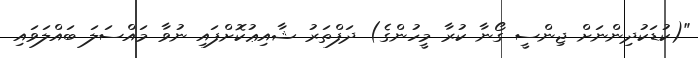
"(ކުޑަކުދިންނަށް ޖިންސީ ގޯނާ ކުރާ މީހުންގެ) ދަފްތަރު ޝާއިޢުކޮށްފައި ނުވާ މައްސަލަ ބައްލަވައި